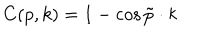
C ( p , k ) = 1 - \cos \tilde { p } \cdot k